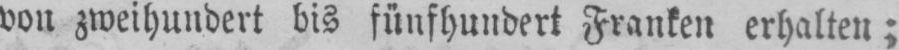
von zweihundert bis fünfhundert Franken erhalten;